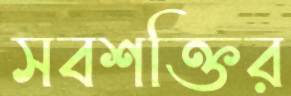
সবশক্তির